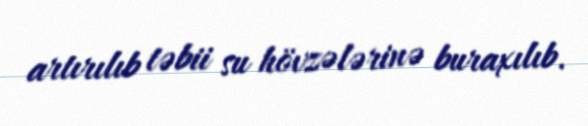
artırılıb təbii su hövzələrinə buraxılıb.